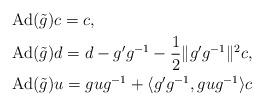
LaTeX: \begin{align*}&\operatorname{Ad}(\tilde{g}) c = c,\\& \operatorname{Ad}(\tilde{g})d = d - g'g^{-1} - \frac{1}{2} \| g'g^{-1}\|^2 c,\\&\operatorname{Ad}(\tilde{g}) u = gug^{-1} + \langle g' g^{-1} , gug^{-1}\rangle c\end{align*}